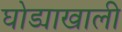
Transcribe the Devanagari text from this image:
घोड्याखाली